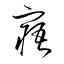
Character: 窹